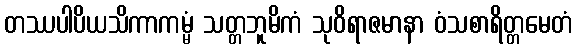
တဿပါပိယသိကာကမ္မံ သတ္တဘူမိကံ သုဝိရာဇမာနာ ဝံသစာရိတ္တမေတံ